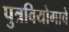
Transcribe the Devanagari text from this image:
पुत्रवियोगाचे